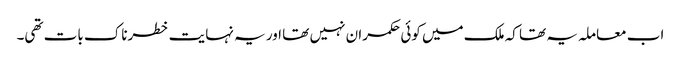
اب معاملہ یہ تھا کہ ملک میں کوئی حکمران نہیں تھا اور یہ نہایت خطرناک بات تھی۔